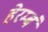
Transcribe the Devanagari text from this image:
हेरम्बं